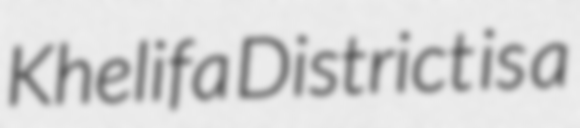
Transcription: Khelifa District is a